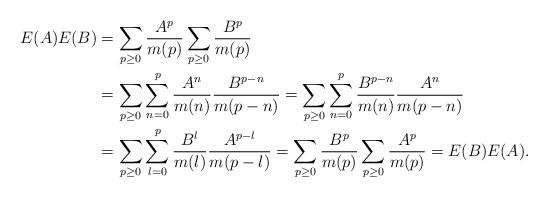
LaTeX: \begin{align*}E(A)E(B)&=\sum_{p\geq 0}\frac{A^p}{m(p)}\sum_{p\geq 0}\frac{B^p}{m(p)}\\&= \sum_{p\geq 0}\sum_{n=0}^p\frac{A^n}{m(n)}\frac{B^{p-n}}{m(p-n)}= \sum_{p\geq 0}\sum_{n=0}^p\frac{B^{p-n}}{m(n)}\frac{A^n}{m(p-n)}\\&= \sum_{p\geq 0}\sum_{l=0}^p\frac{B^{l}}{m(l)}\frac{A^{p-l}}{m(p-l)}=\sum_{p\geq 0}\frac{B^p}{m(p)}\sum_{p\geq 0}\frac{A^p}{m(p)}=E(B)E(A).\end{align*}